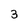
Character: 3